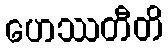
ဟေဿတီတိ